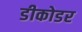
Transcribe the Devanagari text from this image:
डीकोडर